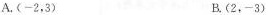
A.(-2,3) B.(2,-3)